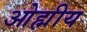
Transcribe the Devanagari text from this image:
ओह्मीय